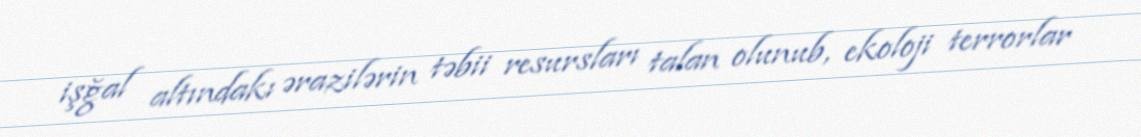
işğal altındakı ərazilərin təbii resursları talan olunub, ekoloji terrorlar